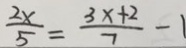
\frac { 2 x } { 5 } = \frac { 3 x + 2 } { 7 } - 1